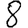
Digit: 8